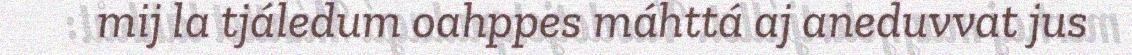
mij la tjáledum oahppes máhttá aj aneduvvat jus